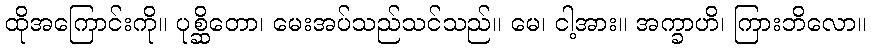
ထိုအကြောင်းကို။ ပုစ္ဆိတော၊ မေးအပ်သည်သင်သည်။ မေ၊ ငါ့အား။ အက္ခာဟိ၊ ကြားဘိလော။